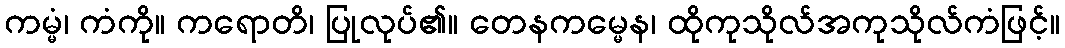
ကမ္မံ၊ ကံကို။ ကရောတိ၊ ပြုလုပ်၏။ တေနကမ္မေန၊ ထိုကုသိုလ်အကုသိုလ်ကံဖြင့်။